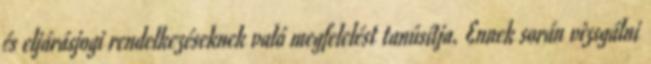
és eljárásjogi rendelkezéseknek való megfelelést tanúsítja. Ennek során vizsgálni